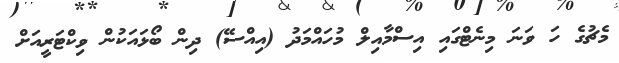
މެޗުގެ ހަ ވަނަ މިނެޓްގައި އިސްމާއިލް މުހައްމަދު (އިއްސޭ) ދިން ބޯޅައަކުން ވިކްޓަރީއަށް